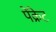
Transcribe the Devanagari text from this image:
पेंक्रेट